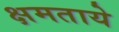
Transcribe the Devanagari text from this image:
क्षमताये